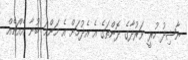
ނާޝިދު ހުރީ ވަރުދާގެ ދޮންތަގެ އެ އެދުމަށް އެ މަންމަ ބުނާ އެއްޗެއް